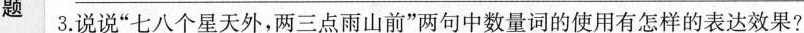
题3.说说”七八个星天外，两三点雨山前”两句中数量词的使用有怎样的表达效果?